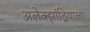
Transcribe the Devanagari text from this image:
अलेक्झांड्रियाला